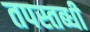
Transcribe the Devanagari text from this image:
तपस्तब्धी